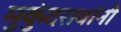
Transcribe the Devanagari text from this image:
मुकुंदरावांनी